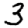
Digit: 3